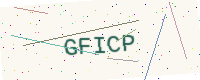
Text: GFICP